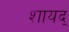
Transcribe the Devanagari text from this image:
शायद्